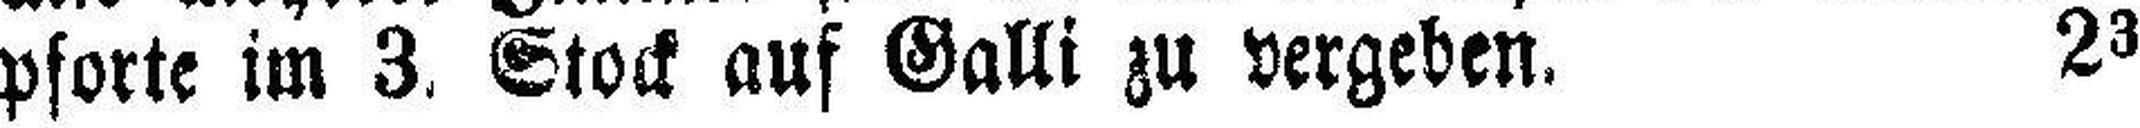
pforte im 3. Stock auf Galli zu vergeben. 23